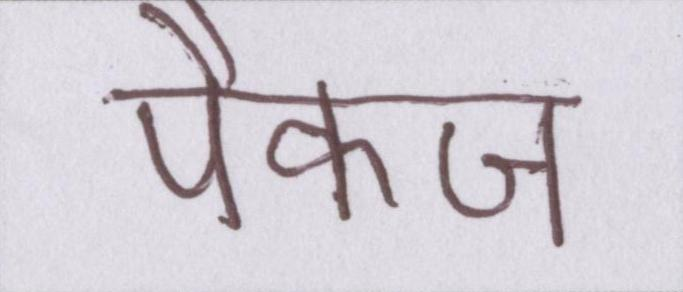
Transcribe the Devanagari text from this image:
पैकज